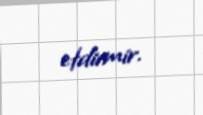
etdirmir.